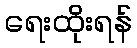
ရေးထိုးရန်